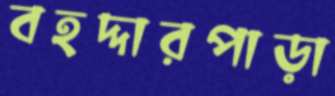
বহদ্দারপাড়া